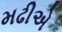
મઢીએ